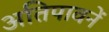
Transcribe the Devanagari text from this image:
अतिपावनें